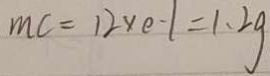
m c = 1 2 \times 0 . 1 = 1 . 2 g